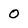
Character: O